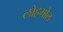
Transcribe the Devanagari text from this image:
लोहगोल